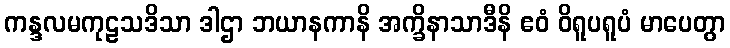
ကန္ဒလမကုဠသဒိသာ ဒါဌာ ဘယာနကာနိ အက္ခိနာသာဒီနိ ဧဝံ ဝိရူပရူပံ မာပေတွာ